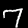
Digit: 7